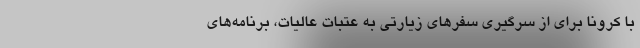
با کرونا برای از سرگیری سفرهای زیارتی به عتبات عالیات، برنامه‌های